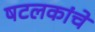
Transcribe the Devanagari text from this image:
षटलकांचे